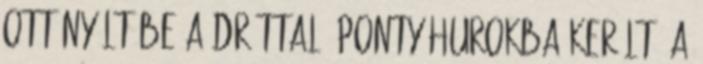
Ott nyúlt be a dróttal. Ponty hurokba került. A